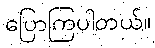
ပြောကြပါတယ်။